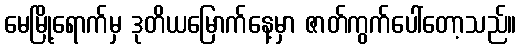
မေမြို့ရောက်မှ ဒုတိယမြောက်နေ့မှာ ဇာတ်ကွက်ပေါ်တော့သည်။